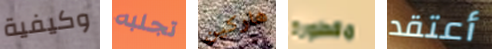
وكيفية تجلبه هاركين مقطورة أعتقد